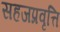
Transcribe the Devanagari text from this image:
सहजप्रवृत्ति